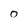
Character: O